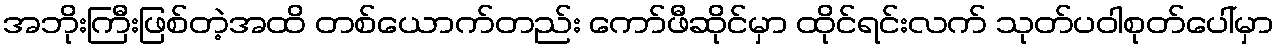
အဘိုးကြီးဖြစ်တဲ့အထိ တစ်ယောက်တည်း ကော်ဖီဆိုင်မှာ ထိုင်ရင်းလက် သုတ်ပဝါစုတ်ပေါ်မှာ